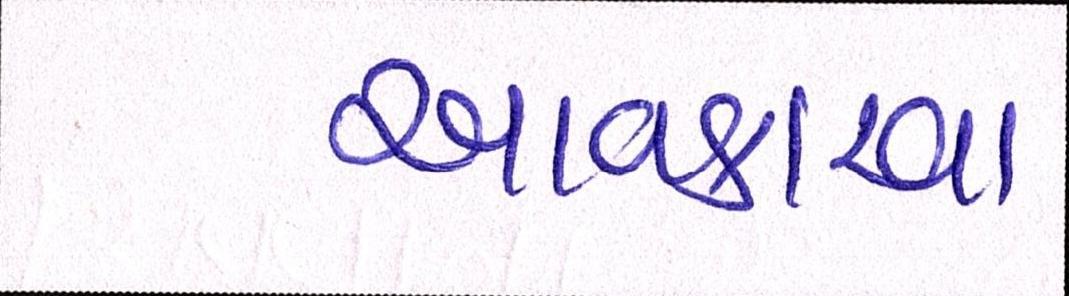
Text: આવકારવા